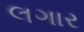
લગાર